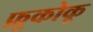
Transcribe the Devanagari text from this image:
फ़ुकोकू